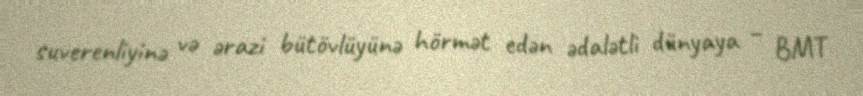
suverenliyinə və ərazi bütövlüyünə hörmət edən ədalətli dünyaya – BMT